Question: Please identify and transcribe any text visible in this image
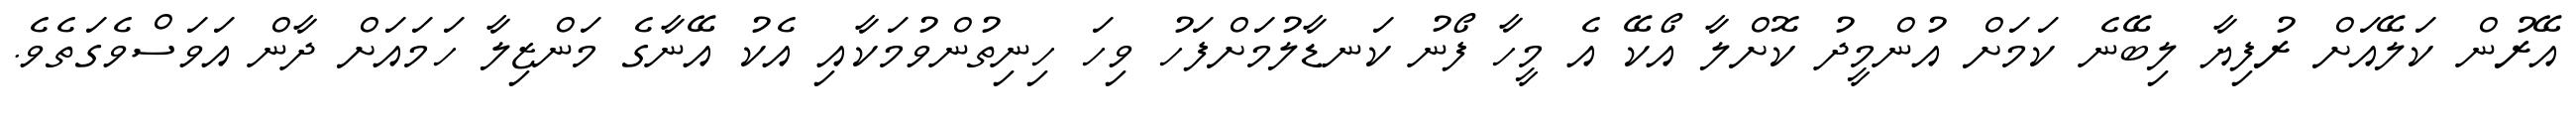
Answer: އޭރުން ކަލޭއަށް ރުފިޔާ ލިބޭނެ ކަމަށް އުންމީދު ކޮށްލާ އޯކޭ އެ މީހާ ފޯނު ކަނޑާލުމަށްފަހު ވިހަ ހިނިތުންވުމަކާއި އެކު އޭނާގެ މަންޒިލާ ހަމައަށް ދާން އަވަސްވެގަތެވެ.